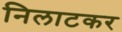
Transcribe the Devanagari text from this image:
निलाटकर